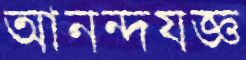
আনন্দযজ্ঞ